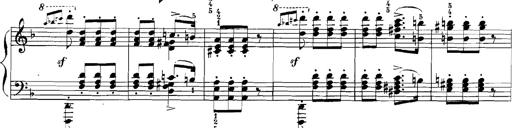
Title: Rhapsodies hongroises
Composer: Franz Liszt